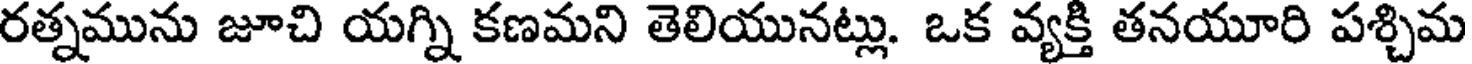
రత్నమును జూచి యగ్ని కణమని తెలియునట్లు. ఒక వ్యక్తి తనయూరి పశ్చిమ